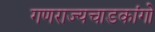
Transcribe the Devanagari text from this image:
गणराज्यचाडकांगो